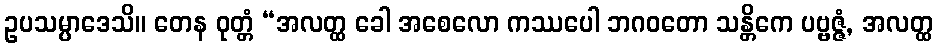
ဥပသမ္ပာဒေသိ။ တေန ဝုတ္တံ “အလတ္ထ ခေါ အစေလော ကဿပေါ ဘဂဝတော သန္တိကေ ပဗ္ဗဇ္ဇံ, အလတ္ထ